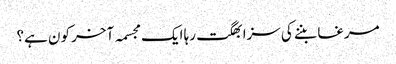
مرغا بننے کی سزا بھگت رہا ایک مجسمہ آخر کون ہے؟